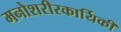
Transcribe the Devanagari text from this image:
मनोशरीरकार्यिकी